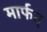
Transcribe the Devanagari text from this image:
मार्फत्‌